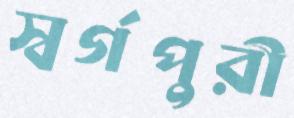
স্বর্গপুরী